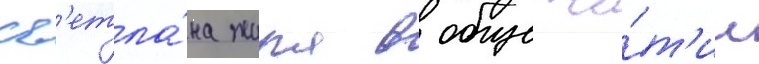
Св'етла́на жила в общежи́т'ии